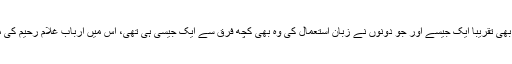
اور دونوں نے جو کام کیئے وہ بھی تقریبا ایک جیسے اور جو دونوں نے زبان استعمال کی وہ بھی کچھ فرق سے ایک جیسی ہی تھی، اس میں ارباب غلام رحیم کی مارکس کچھ زیادہ ہو جائیں گی۔